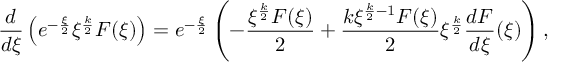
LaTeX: \frac { d } { d \xi } \left( e ^ { - \frac { \xi } { 2 } } \xi ^ { \frac { k } { 2 } } F ( \xi ) \right) = e ^ { - \frac { \xi } { 2 } } \left( - \frac { \xi ^ { \frac { k } { 2 } } F ( \xi ) } { 2 } + \frac { k \xi ^ { \frac { k } { 2 } - 1 } F ( \xi ) } { 2 } \xi ^ { \frac { k } { 2 } } \frac { d F } { d \xi } ( \xi ) \right) ,